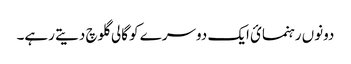
دونوں رہنمائ ایک دوسرے کو گالی گلوچ دیتے رہے۔